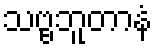
သဗ္ဗဘူတာနံ